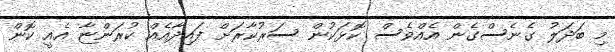
މި ބަދަލު ގެނެސްގެން އެއްވެސް ކޮޅަކުން ސަރުކާރަށް ފައިދާއެއް ކުރަންޏާ އެއީ ކޮން